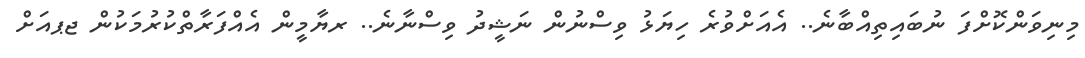
މިނިވަންކޮށްފަ ނުބައިތިއްބާނެ.. އެއަށްވުރެ ހިޔަޅު ވިސްނުން ނަޝީދު ވިސްނާނެ.. ރޔާމީން އެއްފަރާތްކުރުމަކުން ޖޕއަށް